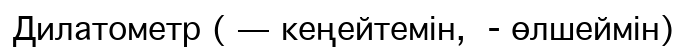
Дилатометр ( — кеңейтемін,  - өлшеймін)